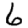
Digit: 6